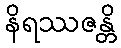
နိရဿဇန္တိ